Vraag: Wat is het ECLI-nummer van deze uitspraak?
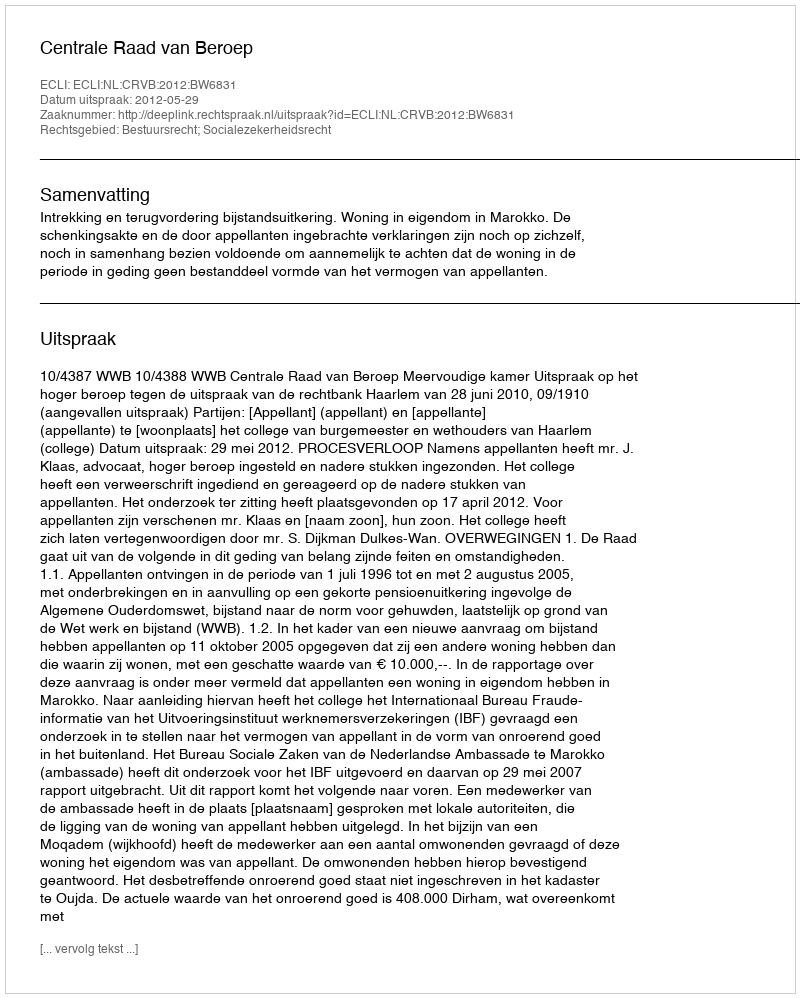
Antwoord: ECLI:NL:CRVB:2012:BW6831